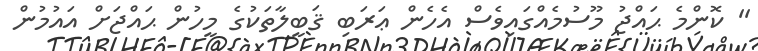
'' ކޮންމެ ޙައްޖު މޫސުމެއްގައިވެސް އެހެން ޢަރަބި ޤަބީލާތަކުގެ މީހުން ޙައްޖަށް އައުމުން